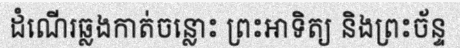
ដំណើរឆ្លងកាត់ចន្លោះ ព្រះអាទិត្យ និងព្រះច័ន្ទ